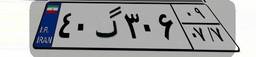
۴۰گ۳۰۶۰۹